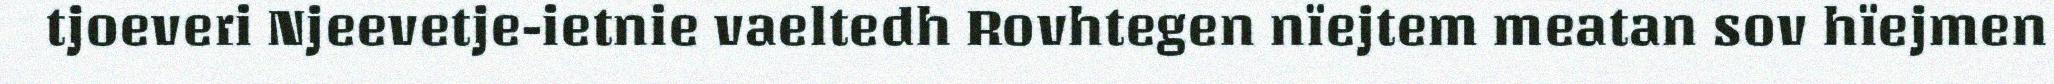
tjoeveri Njeevetje-ietnie vaeltedh Rovhtegen nïejtem meatan sov hïejmen